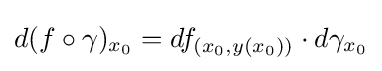
d(f\circ \gamma )_{x_{0}}=df_{(x_{0},y(x_{0}))}\cdot d\gamma _{x_{0}}